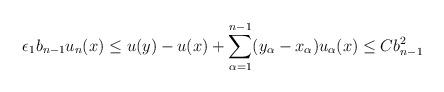
LaTeX: \begin{align*}\epsilon_1 b_{n-1} u_n (x) \leq u(y) - u(x) + \sum_{\alpha = 1}^{n-1} (y_\alpha - x_\alpha) u_\alpha (x) \leq C b_{n-1}^2\end{align*}